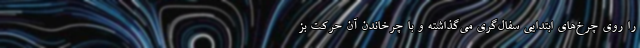
را روی چرخ‌های ابتدایی سفال‌گری می‌گذاشته و با چرخاندن آن حرکت بز